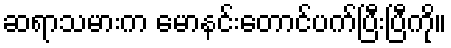
ဆရာသမားက မောနင်းတောင်ပက်ပြီးပြီကို။